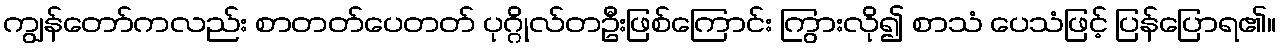
ကျွန်တော်ကလည်း စာတတ်ပေတတ် ပုဂ္ဂိုလ်တဦးဖြစ်ကြောင်း ကြွားလို၍ စာသံ ပေသံဖြင့် ပြန်ပြောရ၏။